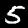
Label: 5